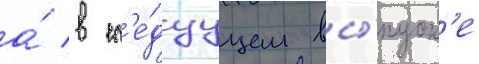
а́ в сл'е́дуущем вы́пуск'е